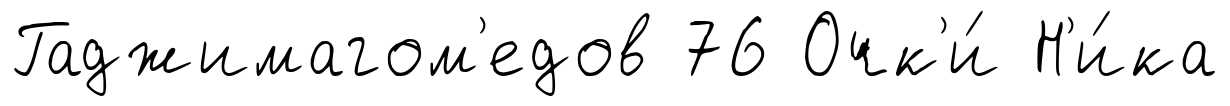
Гаджимагом'едов 76 Очк'и́ Н'и́ка